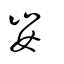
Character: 妛